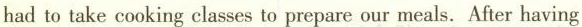
had to take cooking classes to prepare our meals. After having